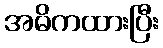
အဓိကထားပြီး